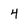
Character: 4